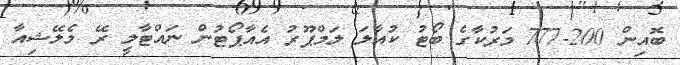
ބޮއިން 200-777 މަރުކާގެ ބޯޓު ކުއާލަ ލަމްޕޫރު އެއާޕޯޓުން ނައްޓާލީ ރޭ މެލޭޝިއާ